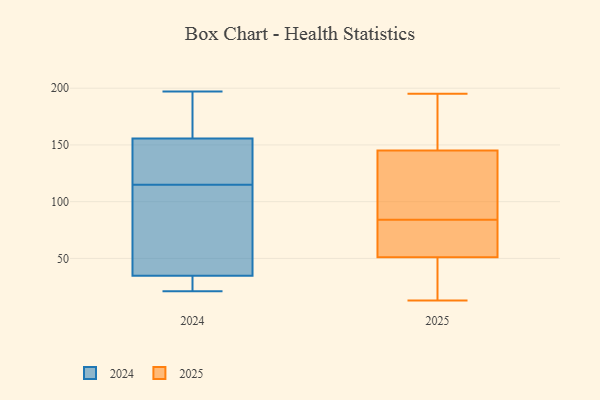
{"axis": {"x": "Satisfaction Score", "y": "Value"}, "legend": ["2024", "2025"], "data": [{"x": "", "y": 195, "type": "2025"}, {"x": "", "y": 130, "type": "2025"}, {"x": "", "y": 112, "type": "2025"}, {"x": "", "y": 145, "type": "2025"}, {"x": "", "y": 85, "type": "2025"}, {"x": "", "y": 83, "type": "2025"}, {"x": "", "y": 193, "type": "2025"}, {"x": "", "y": 32, "type": "2025"}, {"x": "", "y": 24, "type": "2025"}, {"x": "", "y": 56, "type": "2025"}, {"x": "", "y": 13, "type": "2025"}, {"x": "", "y": 51, "type": "2025"}, {"x": "", "y": 71, "type": "2025"}, {"x": "", "y": 158, "type": "2025"}, {"x": "", "y": 25, "type": "2024"}, {"x": "", "y": 115, "type": "2024"}, {"x": "", "y": 129, "type": "2024"}, {"x": "", "y": 146, "type": "2024"}, {"x": "", "y": 197, "type": "2024"}, {"x": "", "y": 46, "type": "2024"}, {"x": "", "y": 73, "type": "2024"}, {"x": "", "y": 176, "type": "2024"}, {"x": "", "y": 21, "type": "2024"}, {"x": "", "y": 161, "type": "2024"}, {"x": "", "y": 25, "type": "2024"}, {"x": "", "y": 116, "type": "2024"}, {"x": "", "y": 111, "type": "2024"}, {"x": "", "y": 159, "type": "2024"}, {"x": "", "y": 31, "type": "2024"}]}